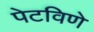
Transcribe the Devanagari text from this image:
पेटविणे